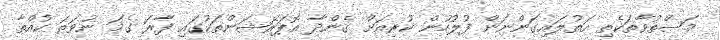
މަސްތުވާތަކެތި އަތުލައިގަންނަން ފުލުހުން ކުރިއަށް ގެންދާ އޮޕަރޭޝަންތަކުގައި ފާރަ ގެމަ ނުވަތަ ކުއްތާ